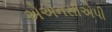
એએનસીએપી